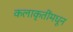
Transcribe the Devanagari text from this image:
कलाकृतींमधून